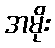
အမိုး